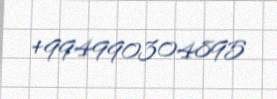
+994990304895